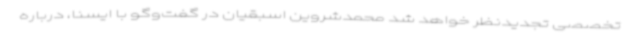
تخصصی تجدیدنظر خواهد شد محمدشروین اسبقیان در گفت‌وگو با ایسنا، درباره